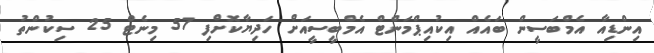
އިންޑިއާ އެމްބަސީން ބައެއް އިކުއިޕްމަންޓް އެމްބީސީއަށް ހަދިޔާކޮށްފި 57 މިނެޓް 25 ސިކުންތު